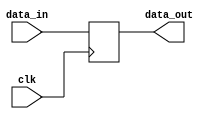
module edge_triggered_latch (
  input wire clk,
  input wire data_in,
  output reg data_out
);

  always @(posedge clk) begin
    data_out <= data_in;
  end

endmodule